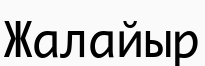
Жалайыр